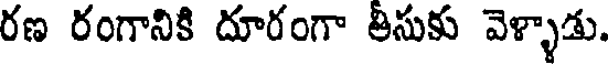
రణ రంగానికి దూరంగా తీసుకు వెళ్ళాడు.